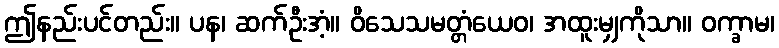
ဤနည်းပင်တည်း။ ပန၊ ဆက်ဦးအံ့။ ဝိသေသမတ္တံယေဝ၊ အထူးမျှကိုသာ။ ဝက္ခာမ၊